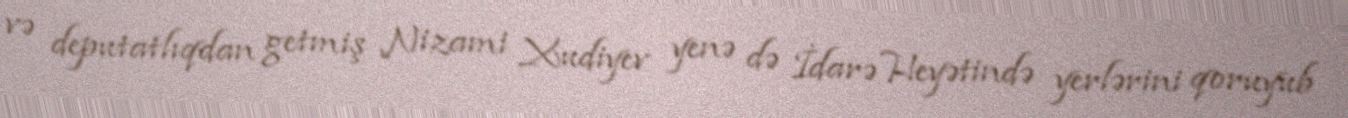
və deputatlıqdan getmiş Nizami Xudiyev yenə də İdarə Heyətində yerlərini qoruyub